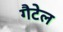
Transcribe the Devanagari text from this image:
गैटेल